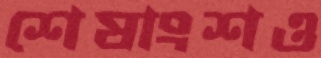
শেষাংশও